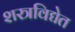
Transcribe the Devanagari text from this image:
शस्त्रविद्येत